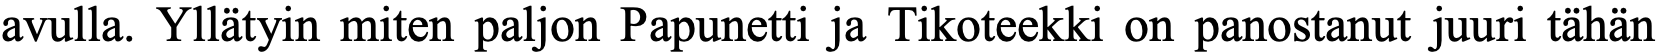
avulla. Yllätyin miten paljon Papunetti ja Tikoteekki on panostanut juuri tähän